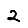
Digit: 2